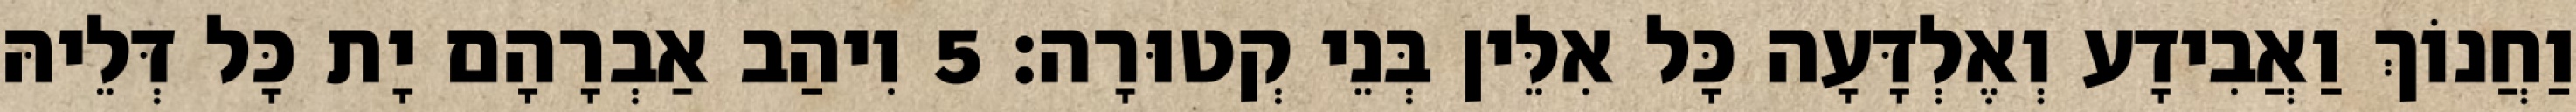
וַחֲנוֹךְ וַאֲבִידָע וְאֶלְדָּעָה כָּל אִלֵּין בְּנֵי קְטוּרָה׃ 5 וִיהַב אַבְרָהָם יָת כָּל דְּלֵיהּ